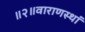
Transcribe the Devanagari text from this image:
॥२॥वाराणस्थां